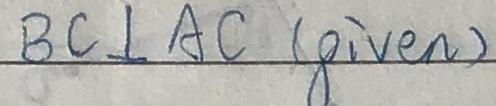
B C \bot A C ( g i v e n )